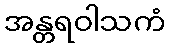
အန္တရဝါသကံ